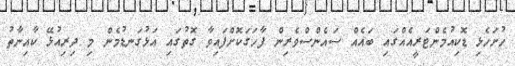
ހުށަހެޅި ޑޮކިއުމެންޓަރީއެއްގައި ބައެއް ސައެންސްވެރިން ފާހަގަކޮށްފައިވާ ގޮތުގައި އަޅުގަނޑުމެން މި ދިރިއުޅޭ ކާއިނާތު